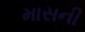
માસની